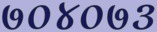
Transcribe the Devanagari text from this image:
७०४०७३